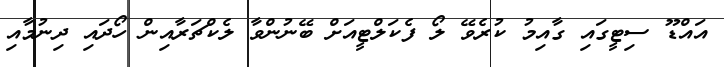
އައްޑޫ ސިޓީގައި ގާއިމު ކުރެވޭ ލޯ ފެކަލްޓީއަށް ބޭނުންވާ ލެކްޗަރާއިން ހޯދައި ދިނުމާއި